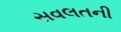
સવલતની